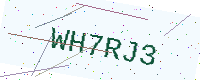
Text: WH7RJ3